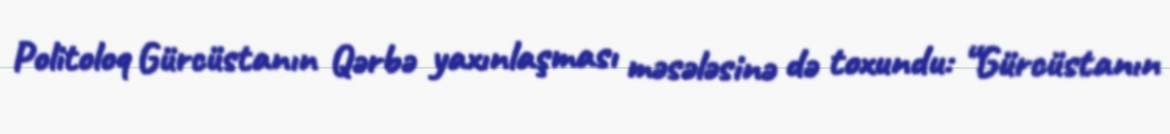
Politoloq Gürcüstanın Qərbə yaxınlaşması məsələsinə də toxundu: “Gürcüstanın